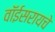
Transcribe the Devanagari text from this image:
वॉईसरायचे